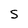
Character: S